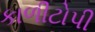
કાળીટોપી